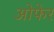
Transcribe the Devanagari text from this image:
ओफेर